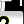
Digit: 2